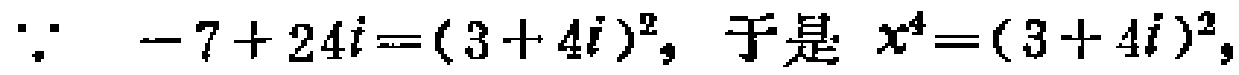
\(\because -7 + 24i=(3 + 4i)^{2},\ 于是\ x^{4}=(3 + 4i)^{2},\)